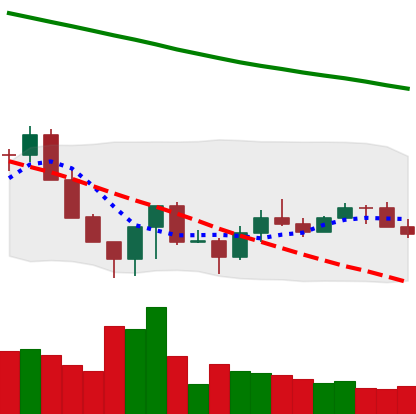
Ticker: LINK-USD
Chart end date: 2022-06-27
Forward return: -5.07%
Label: down_5_7